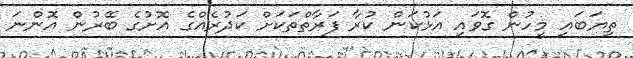
ތިޔަބައި މީހުން ގޮވައި އަޅުކަން ކުރާ ފަރާތްތަކަށް ކަދުރެއްގެ އޮށުގެ ބޭރުން އޮންނަ